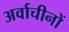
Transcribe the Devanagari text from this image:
अर्वाचीनों